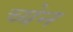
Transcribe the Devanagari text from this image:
च्येन